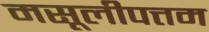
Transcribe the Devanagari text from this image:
मसूलीपत्तम